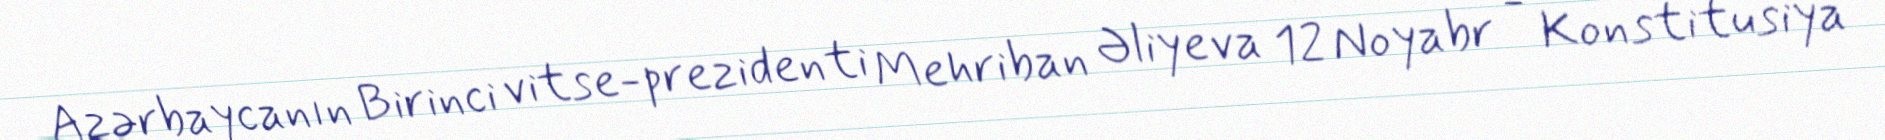
Azərbaycanın Birinci vitse-prezidenti Mehriban Əliyeva 12 Noyabr - Konstitusiya